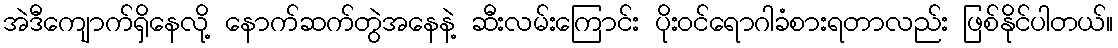
အဲဒီကျောက်ရှိနေလို့ နောက်ဆက်တွဲအနေနဲ့ ဆီးလမ်းကြောင်း ပိုးဝင်ရောဂါခံစားရတာလည်း ဖြစ်နိုင်ပါတယ်။